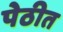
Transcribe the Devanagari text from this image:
पेठीत